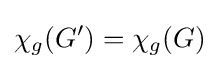
\chi _{g}(G')=\chi _{g}(G)